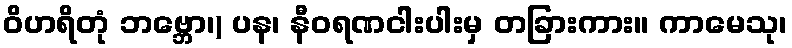
ဝိဟရိတုံ ဘဗ္ဘော၊) ပန၊ နီဝရဏငါးပါးမှ တခြားကား။ ကာမေသု၊